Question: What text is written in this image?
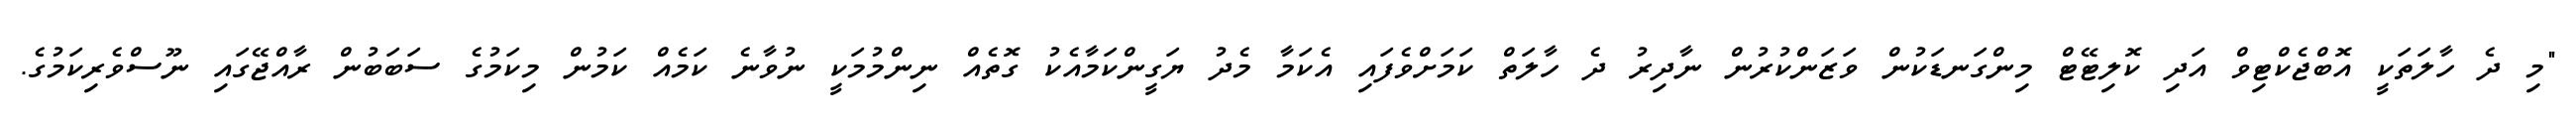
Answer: "މި ދެ ހާލަތަކީ އޮބްޖެކްޓިވް އަދި ކޮލިޓޭޓް މިންގަނޑަކުން ވަޒަންކުރުން ނާދިރު ދެ ހާލަތް ކަމަށްވެފައި އެކަމާ މެދު ޔަގީންކަމާއެކު ގޮތެއް ނިންމުމަކީ ނުވާނެ ކަމެއް ކަމުން މިކަމުގެ ސަބަބުން ރާއްޖޭގައި ނޫސްވެރިކަމުގެ.